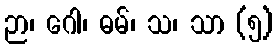
ဉာ၊ ဂေါ၊ ဓမ်၊ သ၊ သာ (၅)